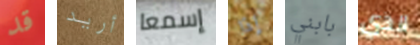
قد أريد إسمعا إذا بابني الذي